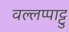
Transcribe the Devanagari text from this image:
वल्लप्पाट्टु